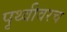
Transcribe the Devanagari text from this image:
पृथ्वीवरच